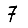
Digit: 7